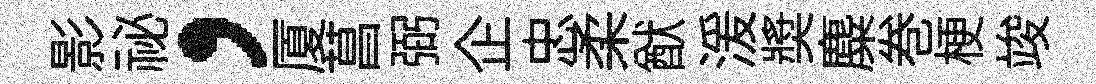
影祕，厦菖弼企忠柔猷湲奬麋巻梗竣